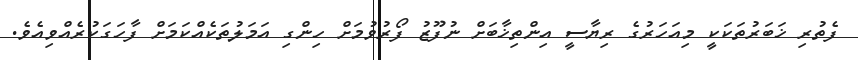
ފެތުރި ޚަބަރުތަކަކީ މިއަހަރުގެ ރިޔާސީ އިންތިޚާބަށް ނުފޫޒު ފޯރުވުމަށް ހިންގި އަމަލުތަކެއްކަމަށް ފާހަގަކުރެއްވިއެވެ.